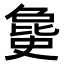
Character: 𣬐